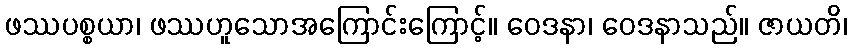
ဖဿပစ္စယာ၊ ဖဿဟူသောအကြောင်းကြောင့်။ ဝေဒနာ၊ ဝေဒနာသည်။ ဇာယတိ၊